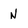
Character: N